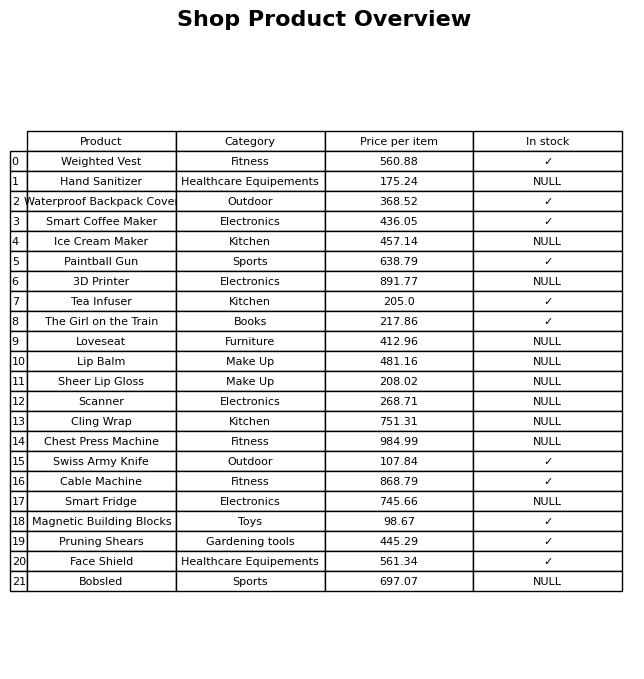
question: What is the price for Face Shield?
answer: The price of Face Shield is 561.34.